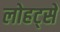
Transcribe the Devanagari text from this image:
लोहट्से